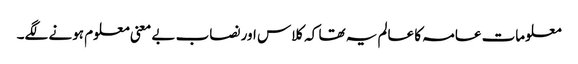
معلومات عامہ کا عالم یہ تھا کہ کلاس اور نصاب بے معنی معلوم ہونے لگے۔